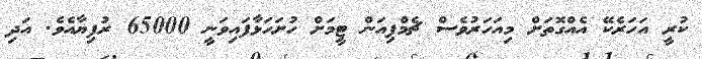
ކުރީ އަހަރެކޭ އެއްގޮތަށް މިއަހަރުވެސް ޗެމްޕިއަން ޓީމަށް ހުށަހަޅާފައިވަނީ 65000 ރުފިޔާއެވެ. އަދި